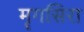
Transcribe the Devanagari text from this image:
मॄगसिरा